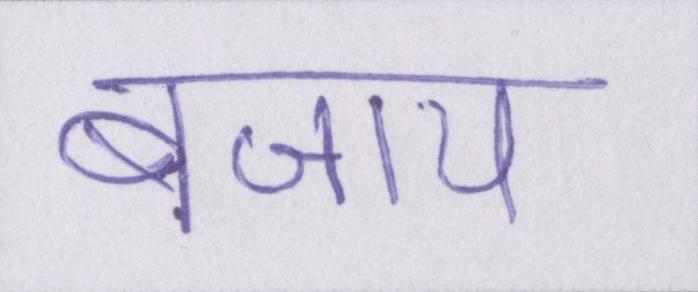
बजाय